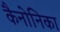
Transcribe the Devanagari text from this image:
कैनोनिका